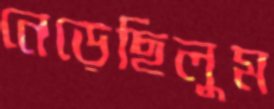
নেড়েছিলুম